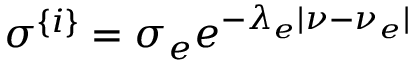
\sigma ^ { \{ i \} } = \sigma _ { e } e ^ { - \lambda _ { e } | \nu - \nu _ { e } | }